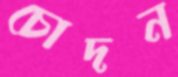
চোদন